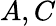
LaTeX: A,C